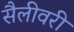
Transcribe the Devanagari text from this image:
सैलीवरी